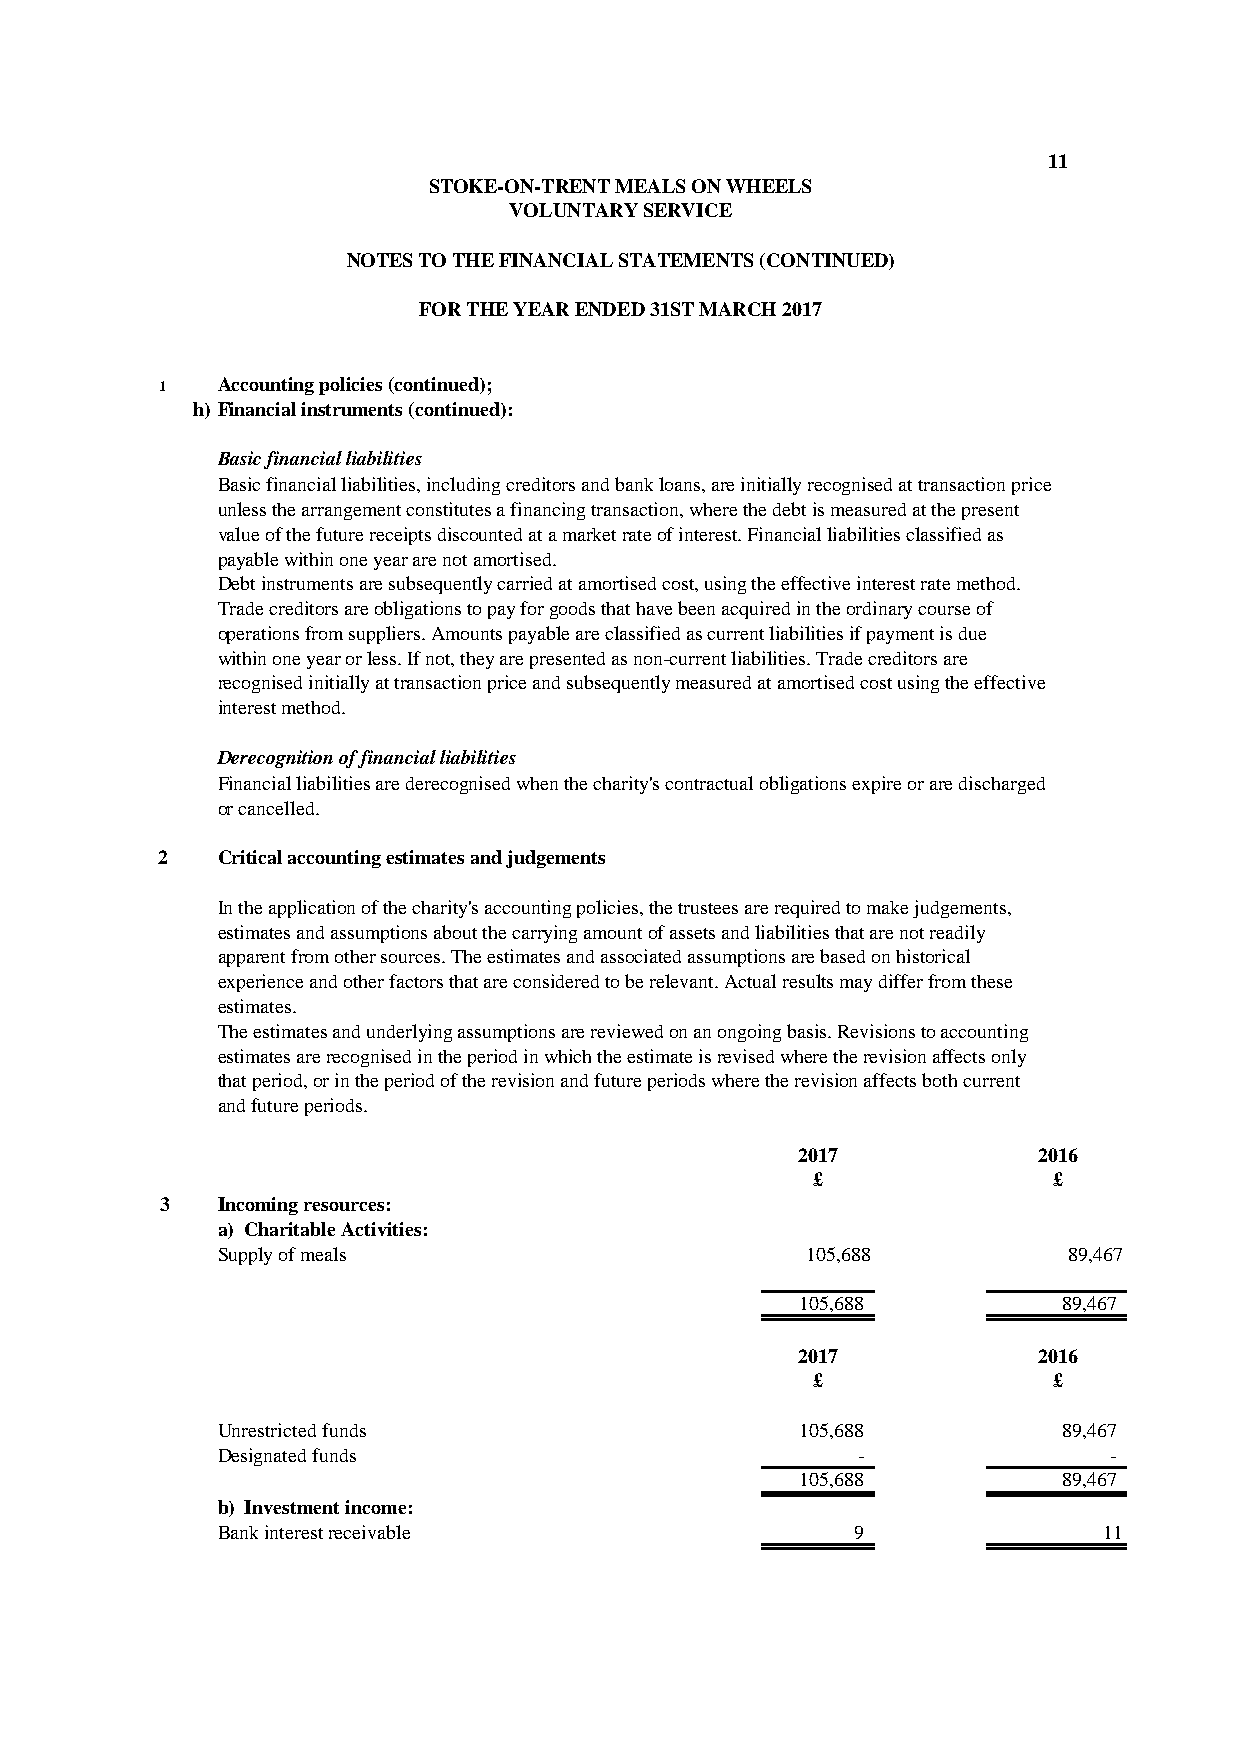
11
 STOKE-ON-TRENT MEALS ON WHEELS
 VOLUNTARY SERVICE
 NOTES TO THE FINANCIAL STATEMENTS (CONTINUED)
 FOR THE YEAR ENDED 31ST MARCH 2017
 1  Accounting policies (continued);
 h) Financial instruments (continued):
 Basic financial liabilities
 Basic financial liabilities, including creditors and bank loans, are initially recognised at transaction price
 unless the arrangement constitutes a financing transaction, where the debt is measured at the present
 value of the future receipts discounted at a market rate of interest. Financial liabilities classified as
 payable within one year are not amortised.
 Debt instruments are subsequently carried at amortised cost, using the effective interest rate method.
 Trade creditors are obligations to pay for goods that have been acquired in the ordinary course of
 operations from suppliers. Amounts payable are classified as current liabilities if payment is due
 within one year or less. If not, they are presented as non-current liabilities. Trade creditors are
 recognised initially at transaction price and subsequently measured at amortised cost using the effective
 interest method.
 Derecognition of financial liabilities
 Financial liabilities are derecognised when the charity's contractual obligations expire or are discharged
 or cancelled.
 2   Critical accounting estimates and judgements
 In the application of the charity's accounting policies, the trustees are required to make judgements,
 estimates and assumptions about the carrying amount of assets and liabilities that are not readily
 apparent from other sources. The estimates and associated assumptions are based on historical
 experience and other factors that are considered to be relevant. Actual results may differ from these
 estimates.
 The estimates and underlying assumptions are reviewed on an ongoing basis. Revisions to accounting
 estimates are recognised in the period in which the estimate is revised where the revision affects only
 that period, or in the period of the revision and future periods where the revision affects both current
 and future periods.
 2017            2016
 £               £
 3  Incoming resources:
 a) Charitable Activities:
 Supply of meals                        105,688           89,467
 105,688          8 9,467
 2017            2016
 £               £
 Unrestricted funds                     105,688          89,467
 Designated funds                           -               -
 105,688          89,467
 b) Investment income:
 B ank interest receivable                  9               11